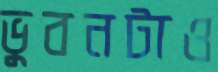
ভুবনটাও